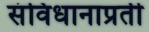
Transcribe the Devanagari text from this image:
संविधानाप्रती